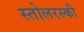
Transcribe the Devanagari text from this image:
स्तोलरस्की